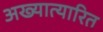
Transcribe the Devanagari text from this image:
अख्यात्यारित